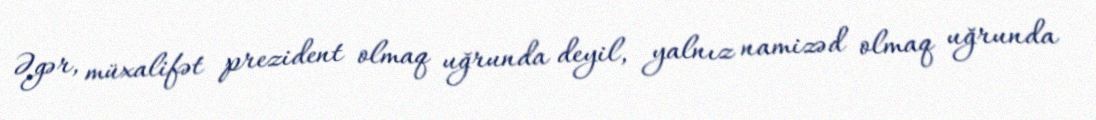
Əgər, müxalifət prezident olmaq uğrunda deyil, yalnız namizəd olmaq uğrunda